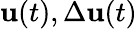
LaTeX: \mathbf{u}(t),\Delta\mathbf{u}(t)